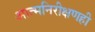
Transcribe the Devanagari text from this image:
आत्मनिरीक्षणही